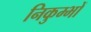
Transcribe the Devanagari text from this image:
निकुम्भों